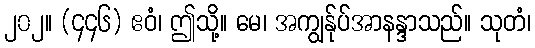
၂၀၂။ (၄၄၆) ဧဝံ၊ ဤသို့။ မေ၊ အကျွန်ုပ်အာနန္ဒာသည်။ သုတံ၊